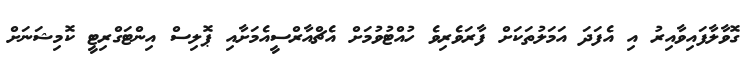
ގޮވާލާފައިވާއިރު އި އެފަދަ އަމަލުތަކަށް ފާރަވެރިވެ ހުއްޓުވުމަށް އެޗްއާރްސީއެމަށާއި ޕޮލިސް އިންޓަގްރިޓީ ކޮމިޝަނަށް